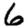
Digit: 6